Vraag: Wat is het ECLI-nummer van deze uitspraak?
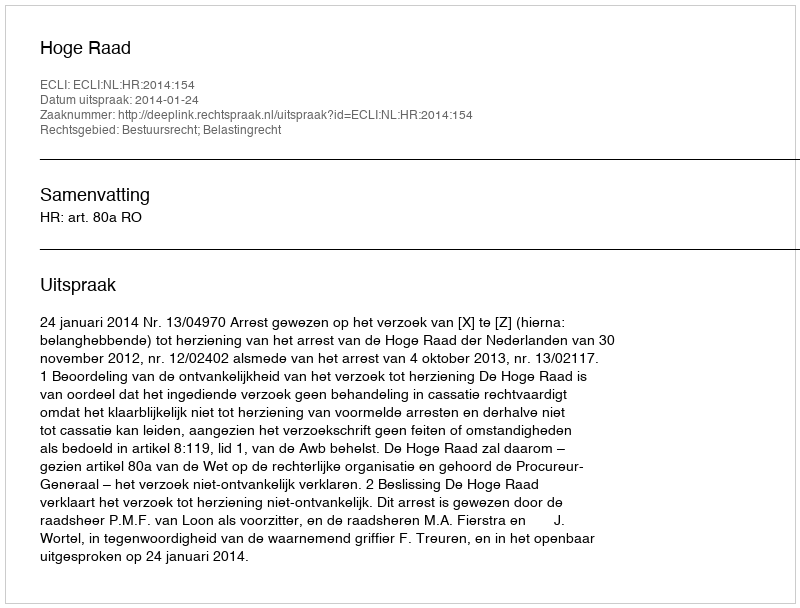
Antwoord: ECLI:NL:HR:2014:154